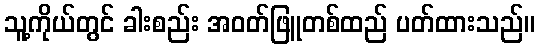
သူ့ကိုယ်တွင် ခါးစည်း အဝတ်ဖြူတစ်ထည် ပတ်ထားသည်။